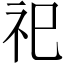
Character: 祀